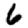
Digit: 6